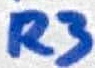
Text: R3